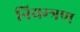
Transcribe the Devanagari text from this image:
नियम्त्रण